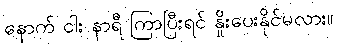
နောက် ငါး နာရီ ကြာပြီးရင် နှိုးပေးနိုင်မလား။